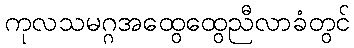
ကုလသမဂ္ဂအထွေထွေညီလာခံတွင်